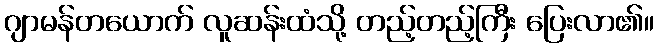
ဂျာမန်တယောက် လူဆန်းထံသို့ တည့်တည့်ကြီး ပြေးလာ၏။